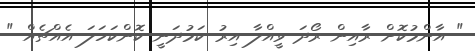
" އާންމުކޮށް ރާއިން ރޯދަ ވީއްލާ އިރު ކަމުދަނީ ކޮންކަހަލަ އެއްޗެއް "